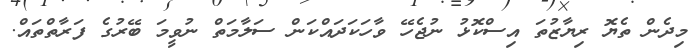
މިދެން ތެޔޮ ރިޔާޒުތަ އިސްކޮޅު ނުޖެހޭ ވާހަކަދައްކަން ސަލާމަތް ނުވީމަ ބޭރުގެ ފަރާތްތައް.